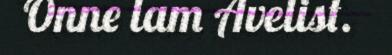
Onne lam Avelist.